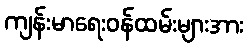
ကျန်းမာရေးဝန်ထမ်းများအား